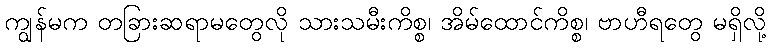
ကျွန်မက တခြားဆရာမတွေလို သားသမီးကိစ္စ၊ အိမ်ထောင်ကိစ္စ၊ ဗာဟီရတွေ မရှိလို့